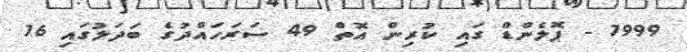
1999 - ޕޮލެންޑް ގައި ކުރިން އޮތް 49 ސަރަހައްދުގެ ބަދަލުގައި 16